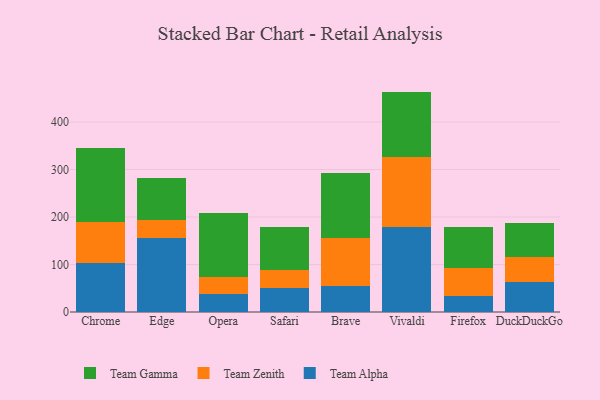
{"axis": {"x": "Browser", "y": "Budget (USD K)"}, "legend": ["Team Alpha", "Team Gamma", "Team Zenith"], "data": [{"x": "Chrome", "y": 103.7, "type": "Team Alpha"}, {"x": "Chrome", "y": 85.7, "type": "Team Zenith"}, {"x": "Chrome", "y": 155.0, "type": "Team Gamma"}, {"x": "Edge", "y": 155.0, "type": "Team Alpha"}, {"x": "Edge", "y": 39.5, "type": "Team Zenith"}, {"x": "Edge", "y": 87.5, "type": "Team Gamma"}, {"x": "Opera", "y": 38.4, "type": "Team Alpha"}, {"x": "Opera", "y": 34.8, "type": "Team Zenith"}, {"x": "Opera", "y": 136.0, "type": "Team Gamma"}, {"x": "Safari", "y": 50.1, "type": "Team Alpha"}, {"x": "Safari", "y": 38.9, "type": "Team Zenith"}, {"x": "Safari", "y": 89.2, "type": "Team Gamma"}, {"x": "Brave", "y": 54.9, "type": "Team Alpha"}, {"x": "Brave", "y": 100.2, "type": "Team Zenith"}, {"x": "Brave", "y": 138.3, "type": "Team Gamma"}, {"x": "Vivaldi", "y": 179.8, "type": "Team Alpha"}, {"x": "Vivaldi", "y": 146.3, "type": "Team Zenith"}, {"x": "Vivaldi", "y": 138.1, "type": "Team Gamma"}, {"x": "Firefox", "y": 34.0, "type": "Team Alpha"}, {"x": "Firefox", "y": 57.8, "type": "Team Zenith"}, {"x": "Firefox", "y": 87.4, "type": "Team Gamma"}, {"x": "DuckDuckGo", "y": 63.0, "type": "Team Alpha"}, {"x": "DuckDuckGo", "y": 53.7, "type": "Team Zenith"}, {"x": "DuckDuckGo", "y": 71.3, "type": "Team Gamma"}]}